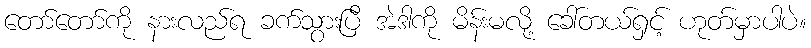
တော်တော်ကို နားလည်ရ ခက်သွားပြီ အဲဒါကို မိန်းမလို့ ခေါ်တယ်ရှင့် ဟုတ်မှာပါပဲ။